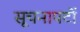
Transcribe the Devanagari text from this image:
सूचनापटों